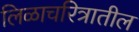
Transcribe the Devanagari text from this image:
लिळाचरित्रातील